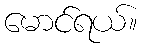
မောင်ရယ်။